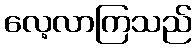
လေ့လာကြသည်